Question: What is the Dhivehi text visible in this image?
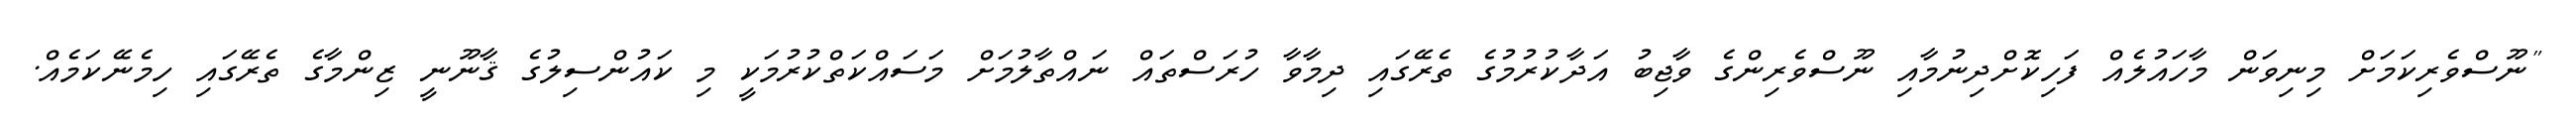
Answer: "ނޫސްވެރިކަމަށް މިނިވަން މާހައުލެއް ފަހިކޮށްދިނުމާއި ނޫސްވެރިންގެ ވާޖިބު އަދާކުރުމުގެ ތެރޭގައި ދިމާވާ ހުރަސްތައް ނައްތާލުމަށް މަސައްކަތްކުރުމަކީ މި ކައުންސިލުގެ ޤާނޫނީ ޒިންމާގެ ތެރޭގައި ހިމެނޭކަމެއް.